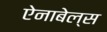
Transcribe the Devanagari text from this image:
ऐनाबेल्स